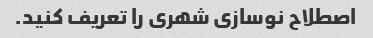
اصطلاح نوسازی شهری را تعریف کنید.